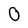
Character: O